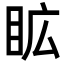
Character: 𭾦